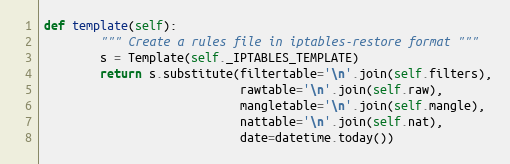
Language: Python
def template(self):
		"""	Create a rules file in iptables-restore format """
		s = Template(self._IPTABLES_TEMPLATE)
		return s.substitute(filtertable='\n'.join(self.filters),
							rawtable='\n'.join(self.raw),
							mangletable='\n'.join(self.mangle),
							nattable='\n'.join(self.nat),
							date=datetime.today())